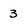
Character: 3